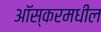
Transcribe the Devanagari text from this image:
आॅस्करमधील